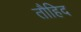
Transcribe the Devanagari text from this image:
तौहिद